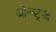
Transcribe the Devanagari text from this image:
बोल्ट्ज़